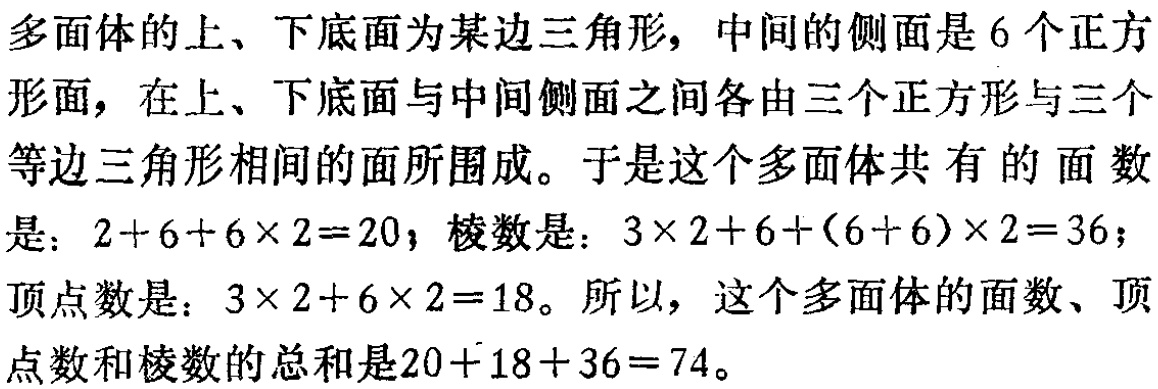
多面体的上、下底面为某边三角形，中间的侧面是6个正方形面，在上、下底面与中间侧面之间各由三个正方形与三个等边三角形相间的面所围成。于是这个多面体共有的面数是：\(2 + 6+6\times2 = 20\)；棱数是：\(3\times2 + 6+(6 + 6)\times2 = 36\)；顶点数是：\(3\times2+6\times2 = 18\)。所以，这个多面体的面数、顶点数和棱数的总和是\(20 + 18+36 = 74\)。